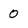
Character: 0